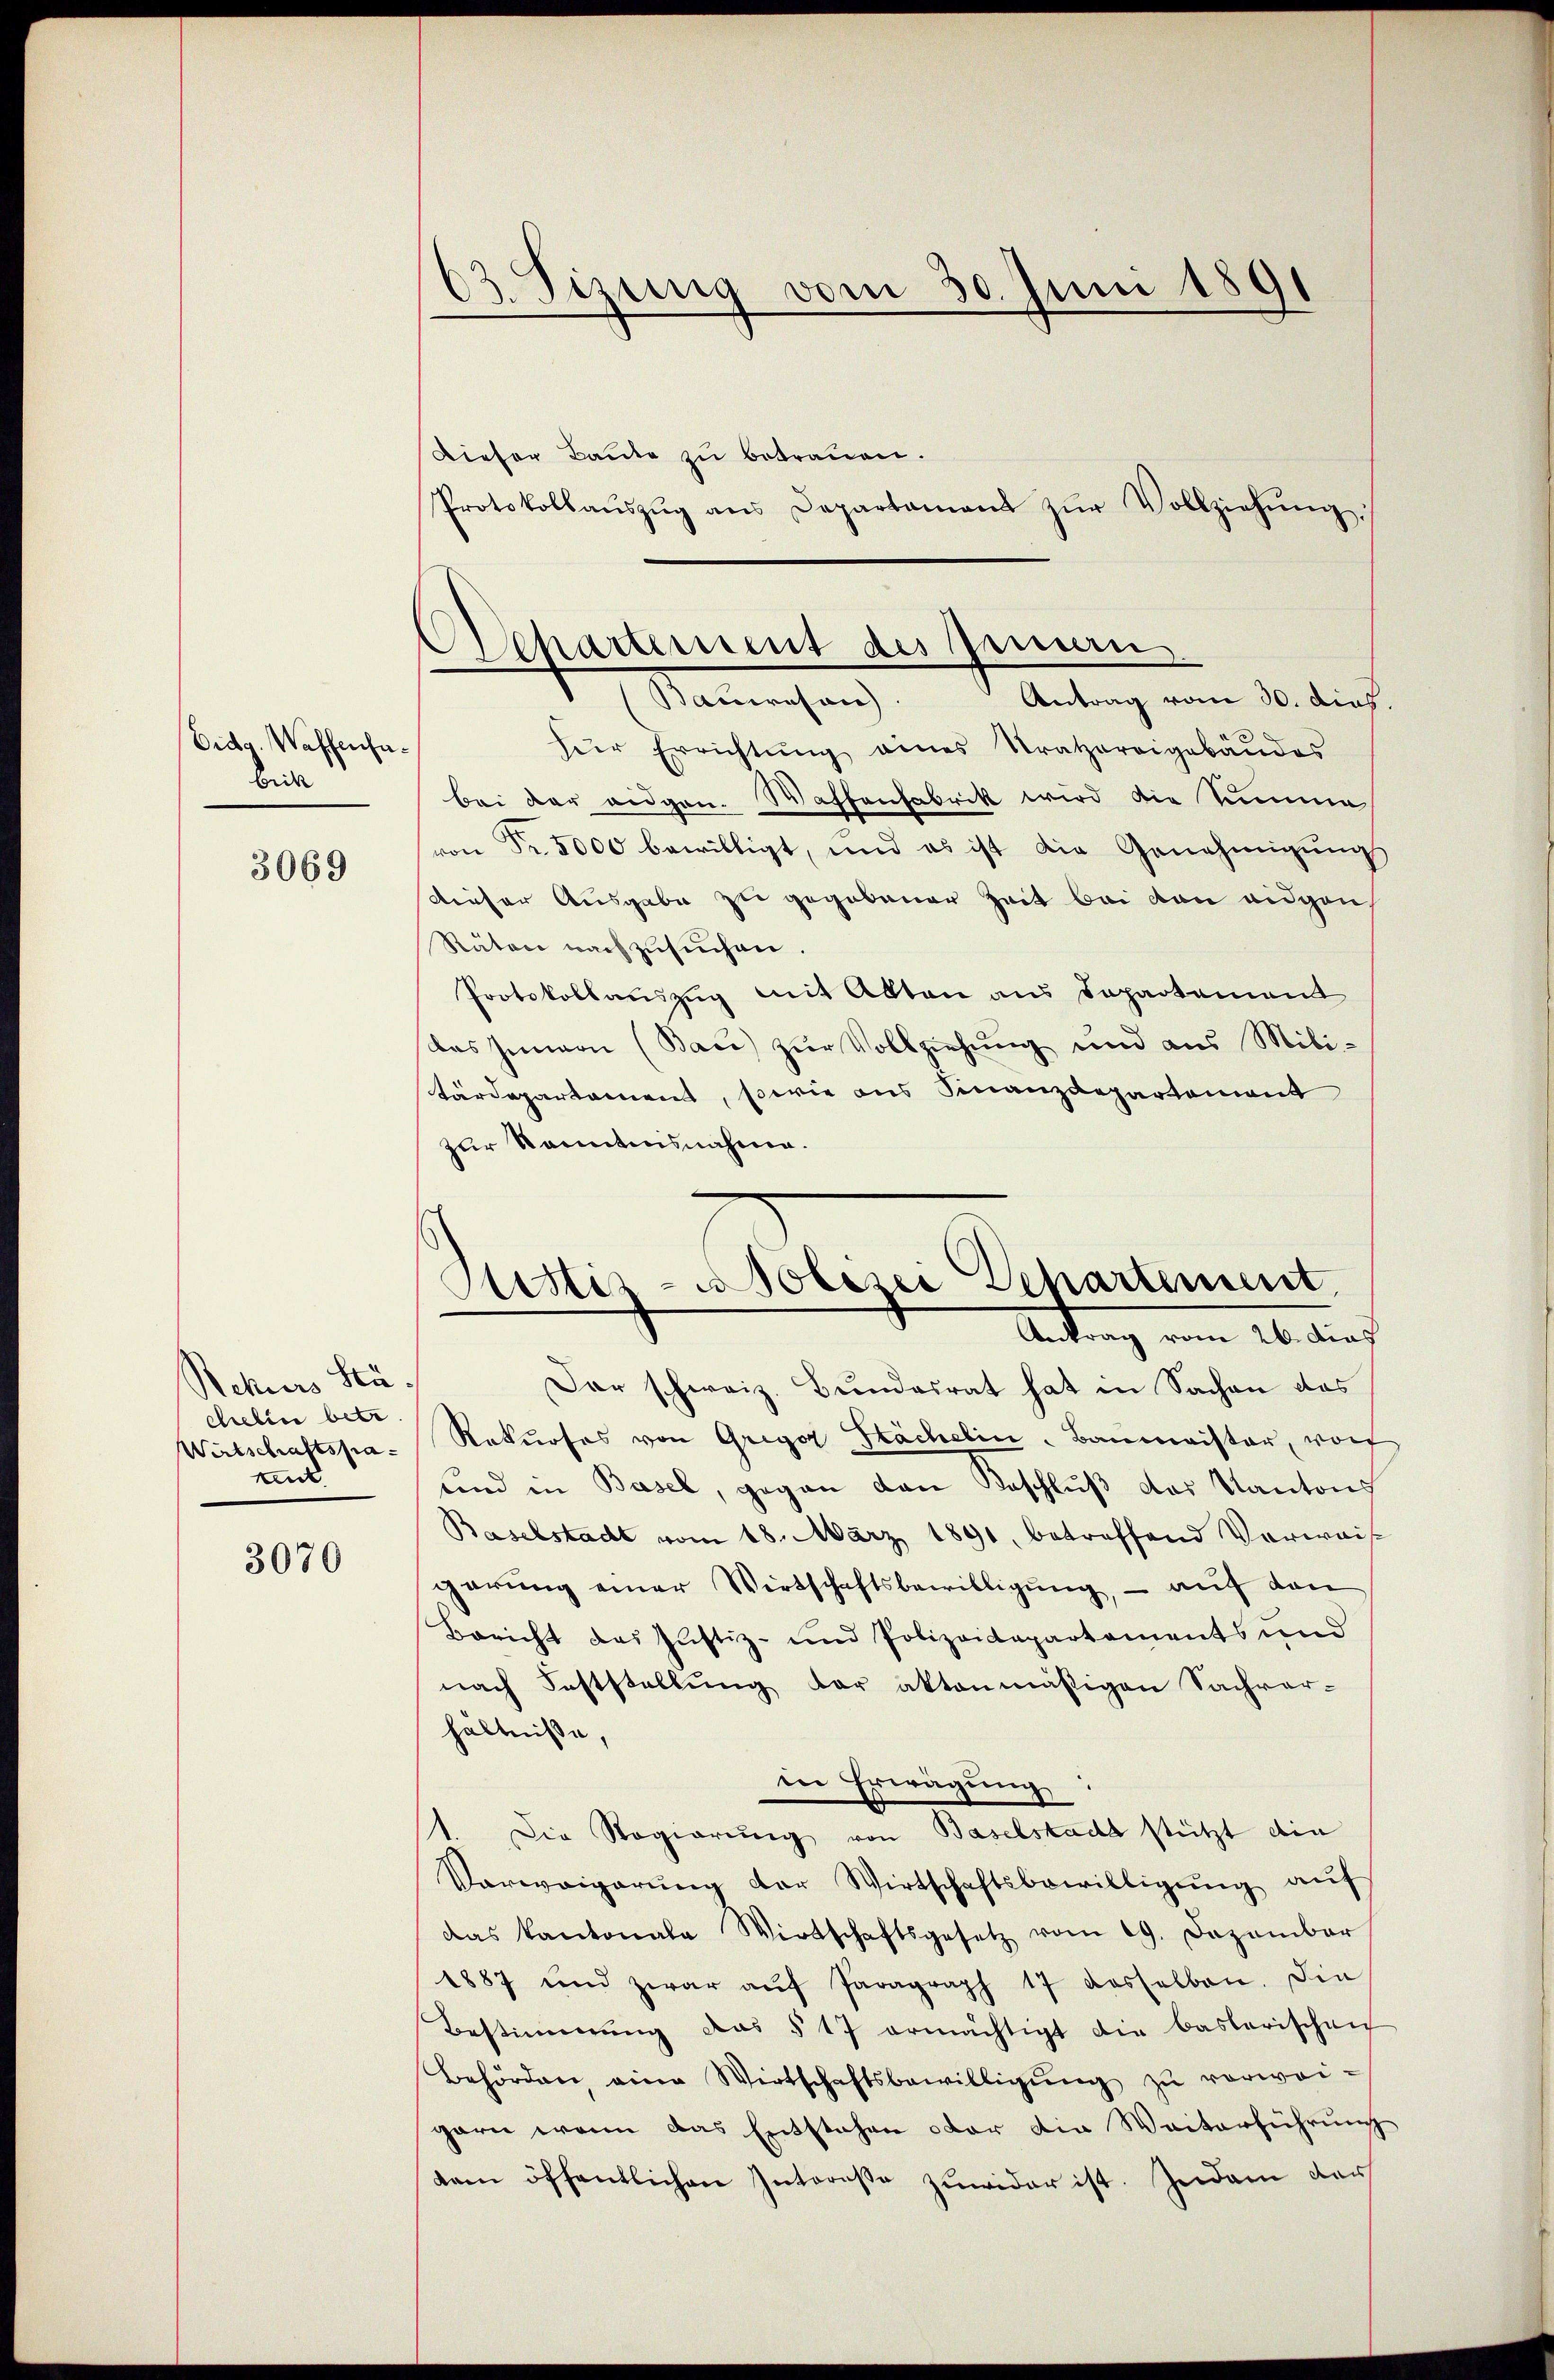
Eidg. Waffenhabiete

3069

Rekurs Stä
celin betr
Wirtschaftspa¬
Ant

3070

2
dStzung vom 30. Juni 1891

Dieser Baute zu betrauen.
Protokollaŭszŭg ans Departamens zŭr Vollziehŭng
Der Errichtŭng eines Stratzereigebäŭdes
bei der eidgen. Waffenfabrik wird die Summe
von Fr. 5000 bewilligt, und es ist die Genehmigŭng
dieser Ausgabe zu gegebener Zeit bei dan eigen,
Räten nachzusuchen.
Protokollaŭszŭg mit Alten aus Departement
das Innern (Bau) zur Vollziehung und aus Militärdepartement, sowie aus Finanzdepartement
zur Kenntnisnahme.
Dar schweiz. Bundesrat hat in Sachen das
Rekurses von Gregor Stächelin-Baumeister, wor
und in Basel, gegen den Beschluß des Kantons
Baselstadt vom 18. März 1891, betreffend Verwais-
gerŭng einer Wirtschaftsbewilligŭng, – auf den
Bericht das Justiz- und Polizeidepartements und
nach Feststellung der aktenmäßigen Sachver-
hältniße,
in Erwägung:
1. Die Regierŭng von Baselstada stützt die
Verweigerung der Wirtschaftsbewilligung auf
das kantonale Wirtschaftsgesetz vom 19. Dezember
1887 und zwar aŭf Paragraph 17 desselben. Die
Bestimmung des § 17 ermächtigt die baslerischen
Behörden eine Wirtschaftsbewilligŭng zŭ verwei-
garn wenn das Entstehen oder die Weiterführung
dem öffentlichen Intereße zuwider ist. Zudem dar

Departement des peinern
Malmechan
Antrag vom 30. dich

Justiz- & Polizei Dehartement
Antrag vom 26. dies

s